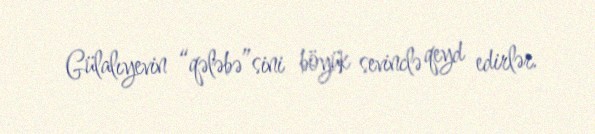
Gülalıyevin “qələbə”sini böyük sevinclə qeyd edirlər.